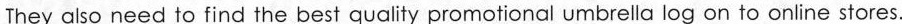
They also need to find the best quality pro motional umbrella log on to online stores.